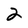
Character: 2